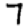
Digit: 7